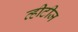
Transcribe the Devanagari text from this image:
व्हीटीज